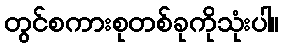
တွင်စကားစုတစ်ခုကိုသုံးပါ။